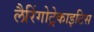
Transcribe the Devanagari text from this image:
लैरिंगोट्रेकाइटिस